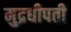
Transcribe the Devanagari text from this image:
मुद्रधीपती